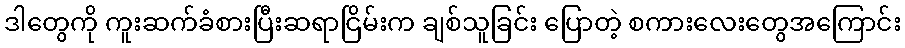
ဒါတွေကို ကူးဆက်ခံစားပြီးဆရာငြိမ်းက ချစ်သူခြင်း ပြောတဲ့ စကားလေးတွေအကြောင်း